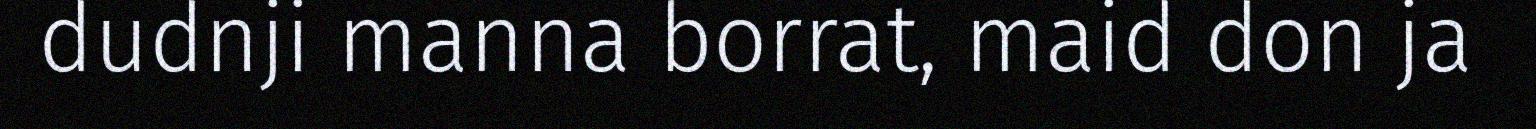
dudnji manna borrat, maid don ja